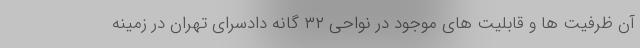
آن ظرفیت ها و قابلیت های موجود در نواحی ۳۲ گانه دادسرای تهران در زمینه